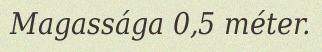
Magassága 0,5 méter.